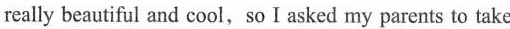
really beautiful and cool,so I asked my parents to take